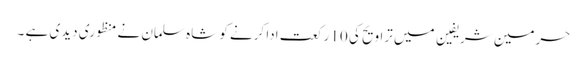
حرمین شریفین میں تراویح کی 10 رکعت ادا کرنے کو شاہ سلمان نے منظوری دیدی ہے ۔